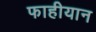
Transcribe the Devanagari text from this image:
फाहीयान